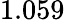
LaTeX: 1.059